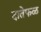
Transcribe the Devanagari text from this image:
दातेफळ